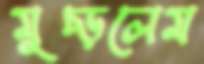
মুচ্‌ড়লেম